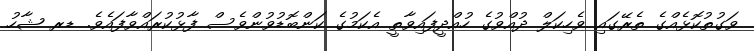
ވަގުތުކޮޅެއްގެ ތެރޭގައި ވެހިކަލް ދުއްވުގެ ހުއްދީފައިވާތީ އެކަމުގެ ކަންބޮޑުވުންވެސް ފާޅުކުރައްވާފައެވެ. ޑރ ޝާހު